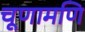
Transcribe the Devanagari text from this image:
चूणामणि